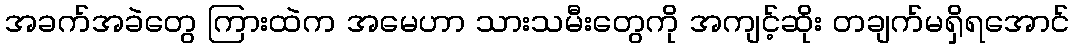
အခက်အခဲတွေ ကြားထဲက အမေဟာ သားသမီးတွေကို အကျင့်ဆိုး တချက်မရှိရအောင်